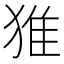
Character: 猚